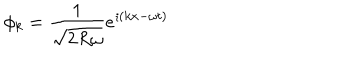
LaTeX: \phi _ { k } = { \frac { 1 } { \sqrt { 2 R \omega } } } e ^ { \imath ( k x - \omega t ) }